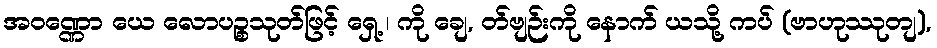
အဝဏ္ဏော ယေ လောပဉ္စသုတ်ဖြင့် ရှေ့ ၊ ကို ချေ, တ်ဗျဉ်းကို နောက် ယသို့ ကပ် (ဗာဟုဿုတျ),